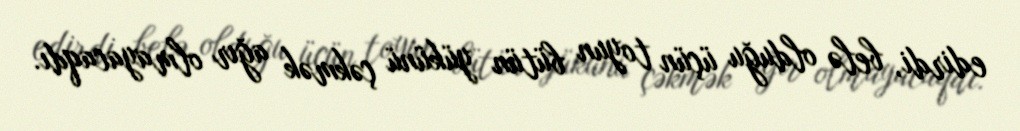
edirdi, belə olduğu üçün toyun bütün yükünü çəkmək ağır olmayacaqdı.